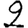
Digit: 2